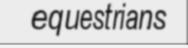
equestrians